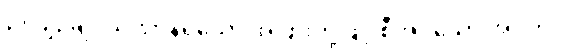
၃။ ပျဉ်ချပ်သဏ္ဌာန်ရှိသော အပြားတို့ဖြင့် စီအပ်သော အဝတ်၊